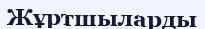
Жұртшыларды